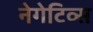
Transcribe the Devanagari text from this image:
नेगेटिव्स